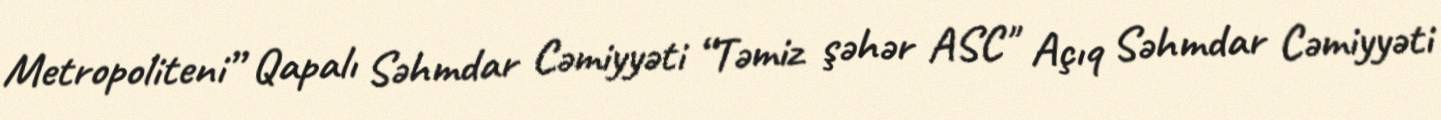
Metropoliteni” Qapalı Səhmdar Cəmiyyəti “Təmiz şəhər ASC" Açıq Səhmdar Cəmiyyəti